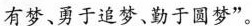
有梦、勇于追梦、勤于圆梦”。